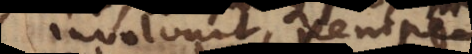
involvunt, denique